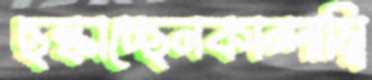
ছল্‌কাচ্ছেনকান্দাম্বি